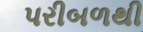
પરીબળથી